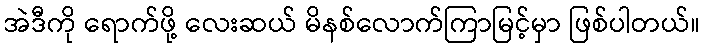
အဲဒီကို ရောက်ဖို့ လေးဆယ် မိနစ်လောက်ကြာမြင့်မှာ ဖြစ်ပါတယ်။